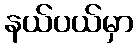
နယ်ပယ်မှာ